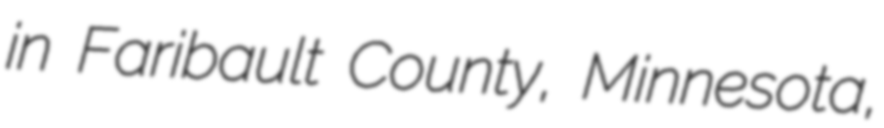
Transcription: in Faribault County, Minnesota,